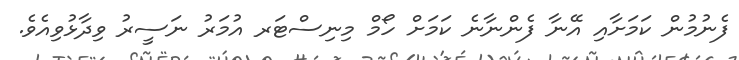
ފެނުމުން ކަމަށާއި އޭނާ ފެންނާނެ ކަމަށް ހޯމް މިނިސްޓަރ އުމަރު ނަސީރު ވިދާޅުވިއެވެ.